Code of medical and sanitary regulations for the guidance of medical officers serving in the Madras Presidency - Volume I
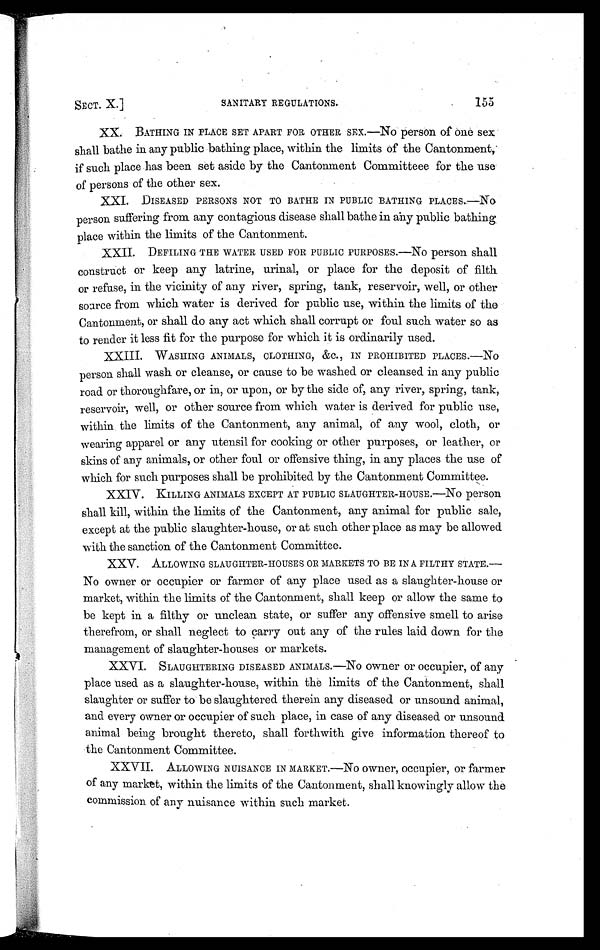
SECT. X.]
SANITARY REGULATIONS.
155
XX. BATHING IN PLACE SET APART FOR OTHER SEX.—NO person Of one sex
shall bathe in any public bathing place, within the limits of the Cantonment,
if such place has been set aside by the Cantonment Committeee for the use
of persons of the other sex.
XXI. DISEASED PERSONS NOT TO BATHE IN PUBLIC BATHING PLACES.—NO
person suffering from any contagious disease shall bathe in any public bathing
place within the limits of the Cantonment.
XXII. DEFILING THE WATER USED FOR PUBLIC PURPOSES.—No person shall
construct or keep any latrine, urinal, or place for the deposit of filth
or refuse, in the vicinity of any river, spring, tank, reservoir, well, or other
source from which water is derived for public use, within the limits of the
Cantonment, or shall do any act which shall corrupt or foul such water so as
to render it less fit for the purpose for which it is ordinarily used.
XXIII. WASHING ANIMALS, CLOTHING, &C., IN PROHIBITED PLACES.—NO
person shall wash or cleanse, or cause to be washed or cleansed in any public
road or thoroughfare, or in, or upon, or by the side of, any river, spring, tank,
reservoir, well, or other source from which water is derived for public use,
within the limits of the Cantonment, any animal, of any wool, cloth, or
wearing apparel or any utensil for cooking or other purposes, or leather, or
skins of any animals, or other foul or offensive thing, in any places the use of
which for such purposes shall be prohibited by the Cantonment Committee.
XXIV. KILLING ANIMALS EXCEPT AT PUBLIC SLAUGHTER-HOUSE.—No person
shall kill, within the limits of the Cantonment, any animal for public sale,
except at the public slaughter-house, or at such other place as may be allowed
with the sanction of the Cantonment Committee.
XXV. ALLOWING SLAUGHTER-HOUSES OR MARKETS TO BE IN A FILTHY STATE.—
No owner or occupier or farmer of any place used as a slaughter-house or
market, within the limits of the Cantonment, shall keep or allow the same to
be kept in a filthy or unclean state, or suffer any offensive smell to arise
therefrom, or shall neglect to carry out any of the rules laid down for the
management of slaughter-houses or markets.
XXVI. SLAUGHTERING DISEASED ANIMALS.—NO owner or occupier, of any
place used as a slaughter-house, within the limits of the Cantonment, shall
slaughter or suffer to be slaughtered therein any diseased or unsound animal,
and every owner or occupier of such place, in case of any diseased or unsound
animal being brought thereto, shall forthwith give information thereof to
the Cantonment Committee.
XXVII. ALLOWING NUISANCE IN MARKET.—NO owner, occupier, or farmer
of any market, within the limits of the Cantonment, shall knowingly allow the
commission of any nuisance within such market.